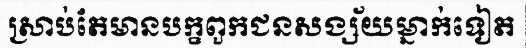
ស្រាប់តែមានបក្ខពួកជនសង្ស័យម្នាក់ទៀត